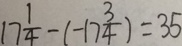
1 7 \frac { 1 } { 4 } - ( - 1 7 \frac { 3 } { 4 } ) = 3 5